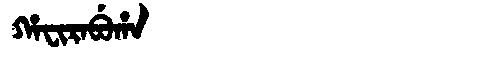
Manchu: ᡥᠠᠸᡳᡵᠠᠪᡠᡥᠠ
Romanization: HAFIRABUHA